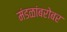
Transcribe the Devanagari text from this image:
मंडळांबरोबर